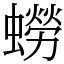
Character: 蟧